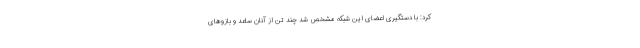
کرد: با دستگیری اعضای این شبکه مشخص شد چند تن از آنان ساعد و بازوهای